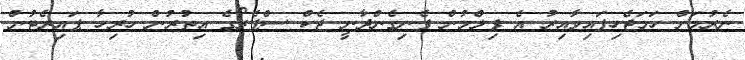
ނެރުމަށް ހަމަޖެހިފައިވާއިރު އެ ފިލްމުން ފެނިގެންދާނީ ޖެކް ސްޕެރޯގެ އިތުރުން ހުރިހާ ޕައިރެޓުން